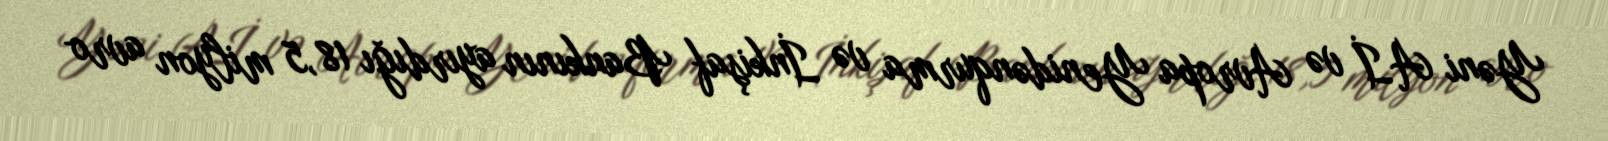
Yəni Aİ və Avropa Yenidənqurma və İnkişaf Bankının ayırdığı 18,5 milyon avro